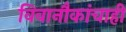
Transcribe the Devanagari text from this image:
विवानौकांचाही